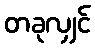
တခုလျှင်